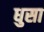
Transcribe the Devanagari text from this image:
धुसा